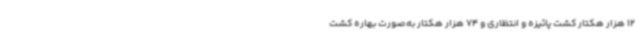
12 هزار هکتار کشت پائیزه و انتظاری و 74 هزار هکتار به‌صورت بهاره کشت